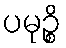
ပမုဉ္စိ